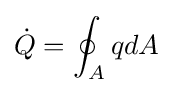
{\dot {Q}}=\oint _{A}qdA